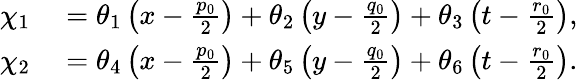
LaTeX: \begin{array}{rl}{\chi_{1}}&{{}=\theta_{1}\left(x-\frac{p_{0}}{2}\right)+\theta_{2}\left(y-\frac{q_{0}}{2}\right)+\theta_{3}\left(t-\frac{r_{0}}{2}\right),}\\ {\chi_{2}}&{{}=\theta_{4}\left(x-\frac{p_{0}}{2}\right)+\theta_{5}\left(y-\frac{q_{0}}{2}\right)+\theta_{6}\left(t-\frac{r_{0}}{2}\right).}\end{array}